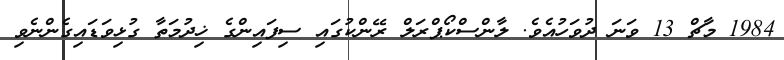
1984 މާޗް 13 ވަނަ ދުވަހުއެވެ. ލާންސްކޯޕްރަލް ރޭންކުގައި ސިފައިންގެ ޚިދުމަތާ ގުޅިވަޑައިގެންނެވި